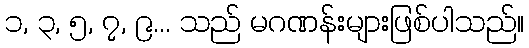
၁, ၃, ၅, ၇, ၉... သည် မဂဏန်းများဖြစ်ပါသည်။